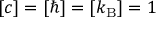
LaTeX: [ c ] = [ \hbar ] = [ k _ { \mathrm { B } } ] = 1